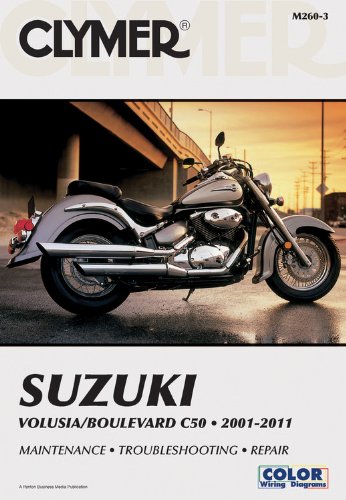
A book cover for Suzuki Volusia/Boulevard C50 2001-2011 (Clymer Manuals: Motorcycle Repair); Penton Staff; Engineering & Transportation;